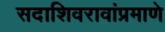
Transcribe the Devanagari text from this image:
सदाशिवरावांप्रमाणेे